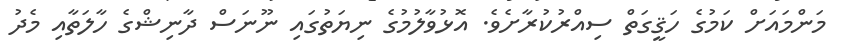
މަންމައަށް ކަމުގެ ހަޤީގަތް ސިއްރުކުރާށެވެ. އޮޅުވާލުމުގެ ނިޔަތުގައި ނޫނަސް ދާނިޝްގެ ހާލަތާއި މެދު